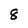
Character: 8